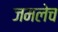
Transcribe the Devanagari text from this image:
जमलेच